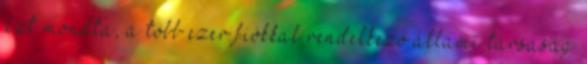
azt mondta, a több ezer fiókkal rendelkező állami társaság